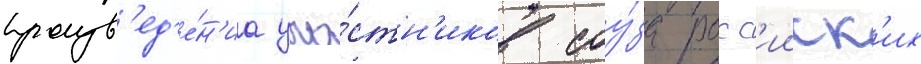
произв'ед'е́н'иа уча́стн'иков соу́за росс'ииск'их